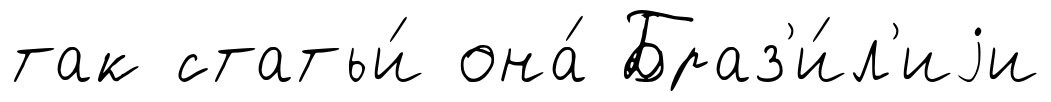
так статьи́ она́ Браз'и́л'иjи